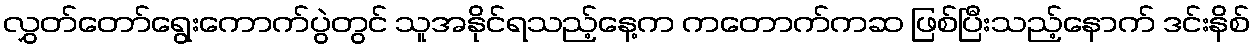
လွှတ်တော်ရွေးကောက်ပွဲတွင် သူအနိုင်ရသည့်နေ့က ကတောက်ကဆ ဖြစ်ပြီးသည့်နောက် ဒင်းနိစ်